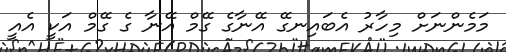
މަމެންނަށް މިހާރު އެބައިނގޭ އޭނާގެ ގޭމް އޭނާ ގެ ގޭމް އަކީ އެއީ